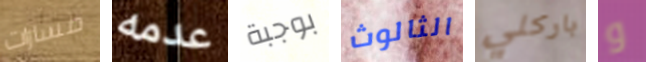
مسارات عدمه بوجبة الثالوث باركلي و